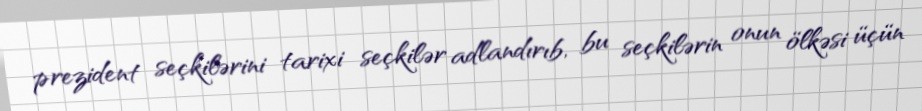
prezident seçkilərini tarixi seçkilər adlandırıb, bu seçkilərin onun ölkəsi üçün